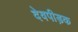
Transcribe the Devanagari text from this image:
देवपीड़क